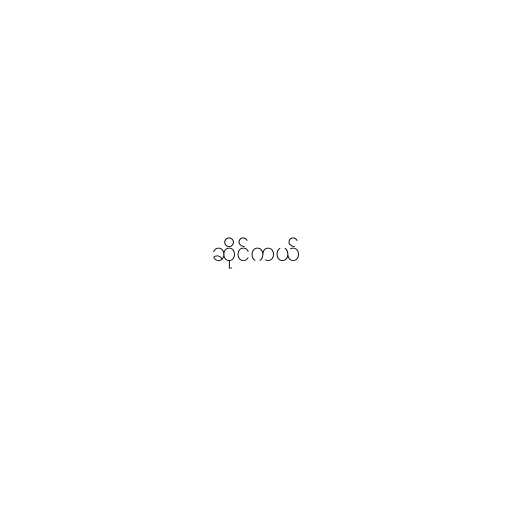
ဆိုင်ကယ်